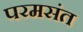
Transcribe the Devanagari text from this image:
परमसंत